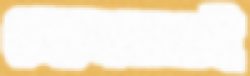
দেলোয়ারই